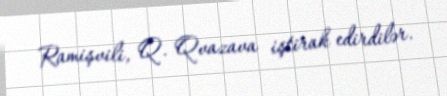
Ramişvili, Q. Qvazava iştirak edirdilər.